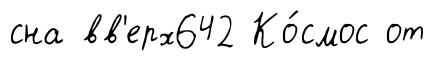
сна вв'ерх642 Ко́смос от